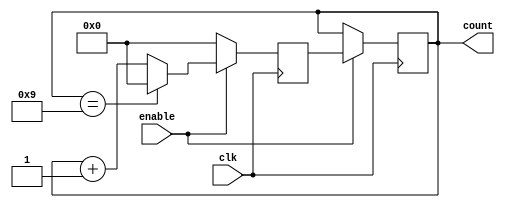
module BCD_Up_Counter(
    input wire clk,
    input wire enable,
    output reg [3:0] count
);

reg [3:0] next_count;

always @(posedge clk) begin
    if(enable) begin
        if(count == 4'b1001) begin
            next_count <= 4'b0000; // Reset to 0000 when reaching 9
        end else begin
            next_count <= count + 1; // Increment by 1
        end
    end else begin
        next_count <= 4'b0000; // Reset to 0000 when enable is low
    end
end

always @(posedge clk) begin
    if(enable) begin
        count <= next_count; // Update count on positive clock edge when enable is high
    end
end

endmodule